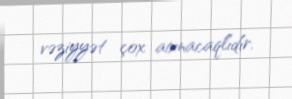
vəziyyət çox acınacaqlıdır.